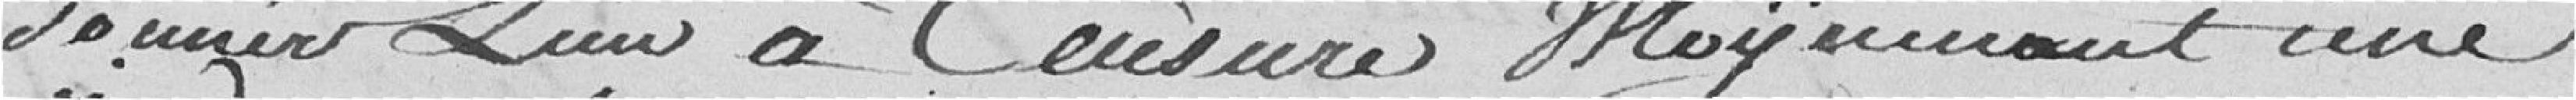
donner lieu à censure moyennant une